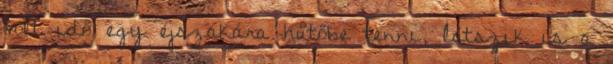
volt idő egy éjszakára hűtőbe tenni, látszik is a